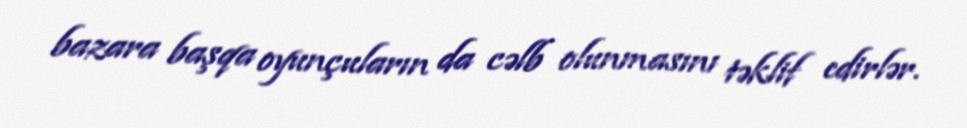
bazara başqa oyunçuların da cəlb olunmasını təklif edirlər.